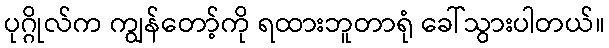
ပုဂ္ဂိုလ်က ကျွန်တော့်ကို ရထားဘူတာရုံ ခေါ်သွားပါတယ်။